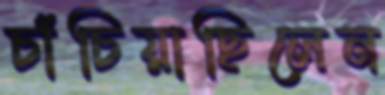
চাঁচিয়াছিলেন